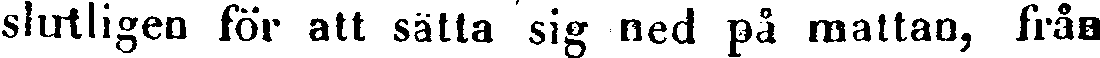
slutligen för att sätta sig ned på mattan, från